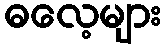
ဓလေ့များ